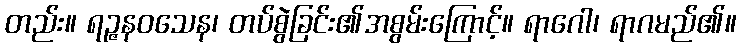
တည်း။ ရဉ္ဇနဝသေန၊ တပ်စွဲခြင်း၏အစွမ်းကြောင့်။ ရာဂေါ၊ ရာဂမည်၏။